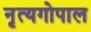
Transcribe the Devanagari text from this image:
नृत्यगोपाल